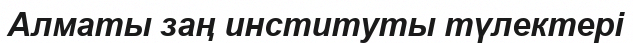
Алматы заң институты түлектері